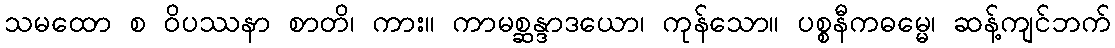
သမထော စ ဝိပဿနာ စာတိ၊ ကား။ ကာမစ္ဆန္ဒာဒယော၊ ကုန်သော။ ပစ္စနီကဓမ္မေ၊ ဆန့်ကျင်ဘက်